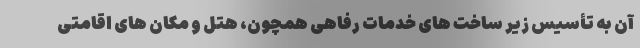
آن به تأسیس زیر ساخت های خدمات رفاهی همچون، هتل و مکان های اقامتی